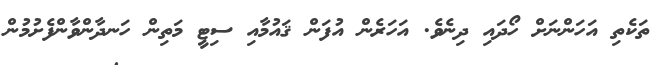
ތަކެތި އަހަންނަށް ހޯދައި ދިނެވެ. އަހަރެން އުފަން ޤައުމާއި ސިޓީ މަތިން ހަނދާންވާންފެށުމުން